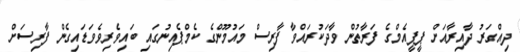
ދިއްގަރު ދާއިރާއަށް ޕީޕީއެމްގެ ފަރާތުން ވާދަކުރައްވާ ފާރިސް މައުމޫންގެ ކެމްޕެއިނުގައި ބައިވެރިވެވަޑައިގެން ފާރިސަށް